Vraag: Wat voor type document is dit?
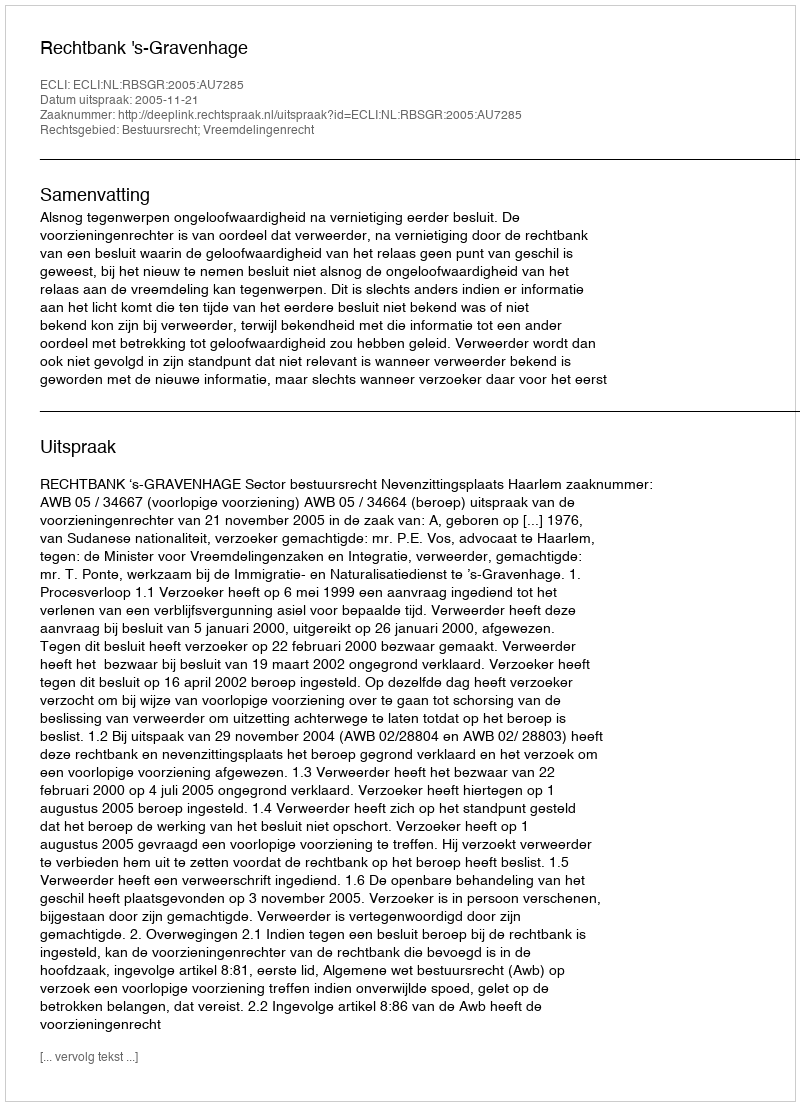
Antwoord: Uitspraak